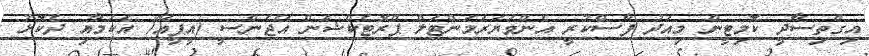
އިގްތިސާދީ ކޮމިޓީން މިއަދު ފާސްކުރީ އެންވަޔަރަމަންޓަލް ޕްރޮޓެކްޝަން އޭޖެންސީ (އީޕީއޭ) އެކަމާއި ދެކޮޅު